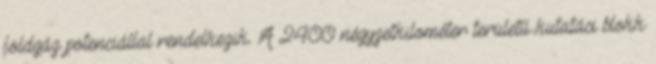
földgáz potenciállal rendelkezik. A 2400 négyzetkilométer területű kutatási blokk